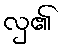
လှ၏